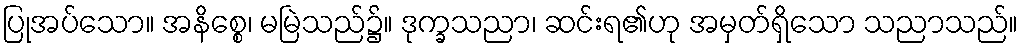
ပြုအပ်သော။ အနိစ္စေ၊ မမြဲသည်၌။ ဒုက္ခသညာ၊ ဆင်းရ၏ဟု အမှတ်ရှိသော သညာသည်။